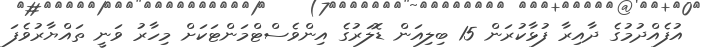
އުފެއްދުމުގެ ދާއިރާ ފުޅާކުރަން 15 ބިލިއަން ޑޮލަރުގެ އިންވެސްޓްމަންޓަކަށް މިހާރު ވަނީ ތައްޔާރުވެފަ